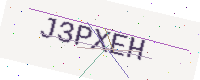
Text: J3PXEH